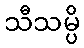
သီသမ္ပိ